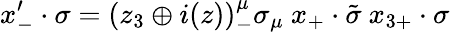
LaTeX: x_{-}^{\prime}\cdot\sigma=(z_{3}\oplus i(z))_{-}^{\mu}\sigma_{\mu}\ x_{+}\cdot\tilde{\sigma}\ x_{3+}\cdot\sigma